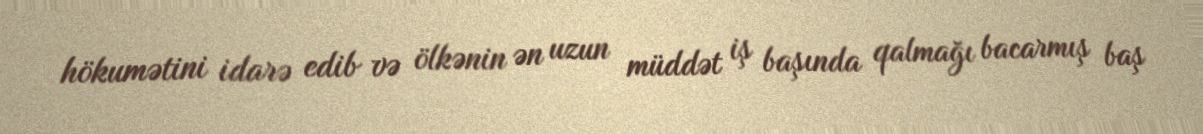
hökumətini idarə edib və ölkənin ən uzun müddət iş başında qalmağı bacarmış baş